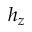
h _ { z }